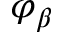
\varphi _ { \beta }